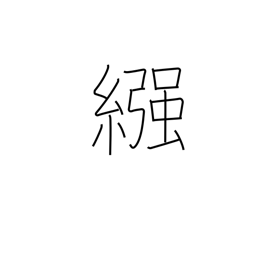
Meaning: nappy